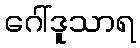
ဂေါ်ဒူသာရ